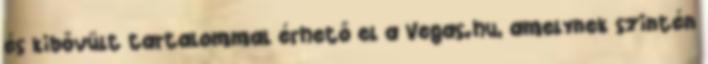
és kibővült tartalommal érhető el a Vegas.hu, amelynek szintén